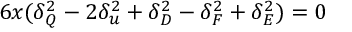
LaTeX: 6 x ( \delta _ { Q } ^ { 2 } - 2 \delta _ { u } ^ { 2 } + \delta _ { D } ^ { 2 } - \delta _ { F } ^ { 2 } + \delta _ { E } ^ { 2 } ) = 0